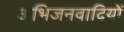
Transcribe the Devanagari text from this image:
अभिजनवादियों